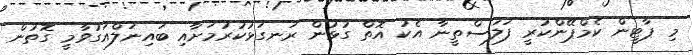
މި ޕާޓީން ކެމްޕޭންކުރީ ފަލަސްތީނާ އެކު އޮތް ގުޅުން ރަނގަޅުކުރުމަށާއި ބައިނަލްއަގުވާމީ ގޮތުން